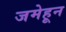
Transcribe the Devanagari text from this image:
जमेहून